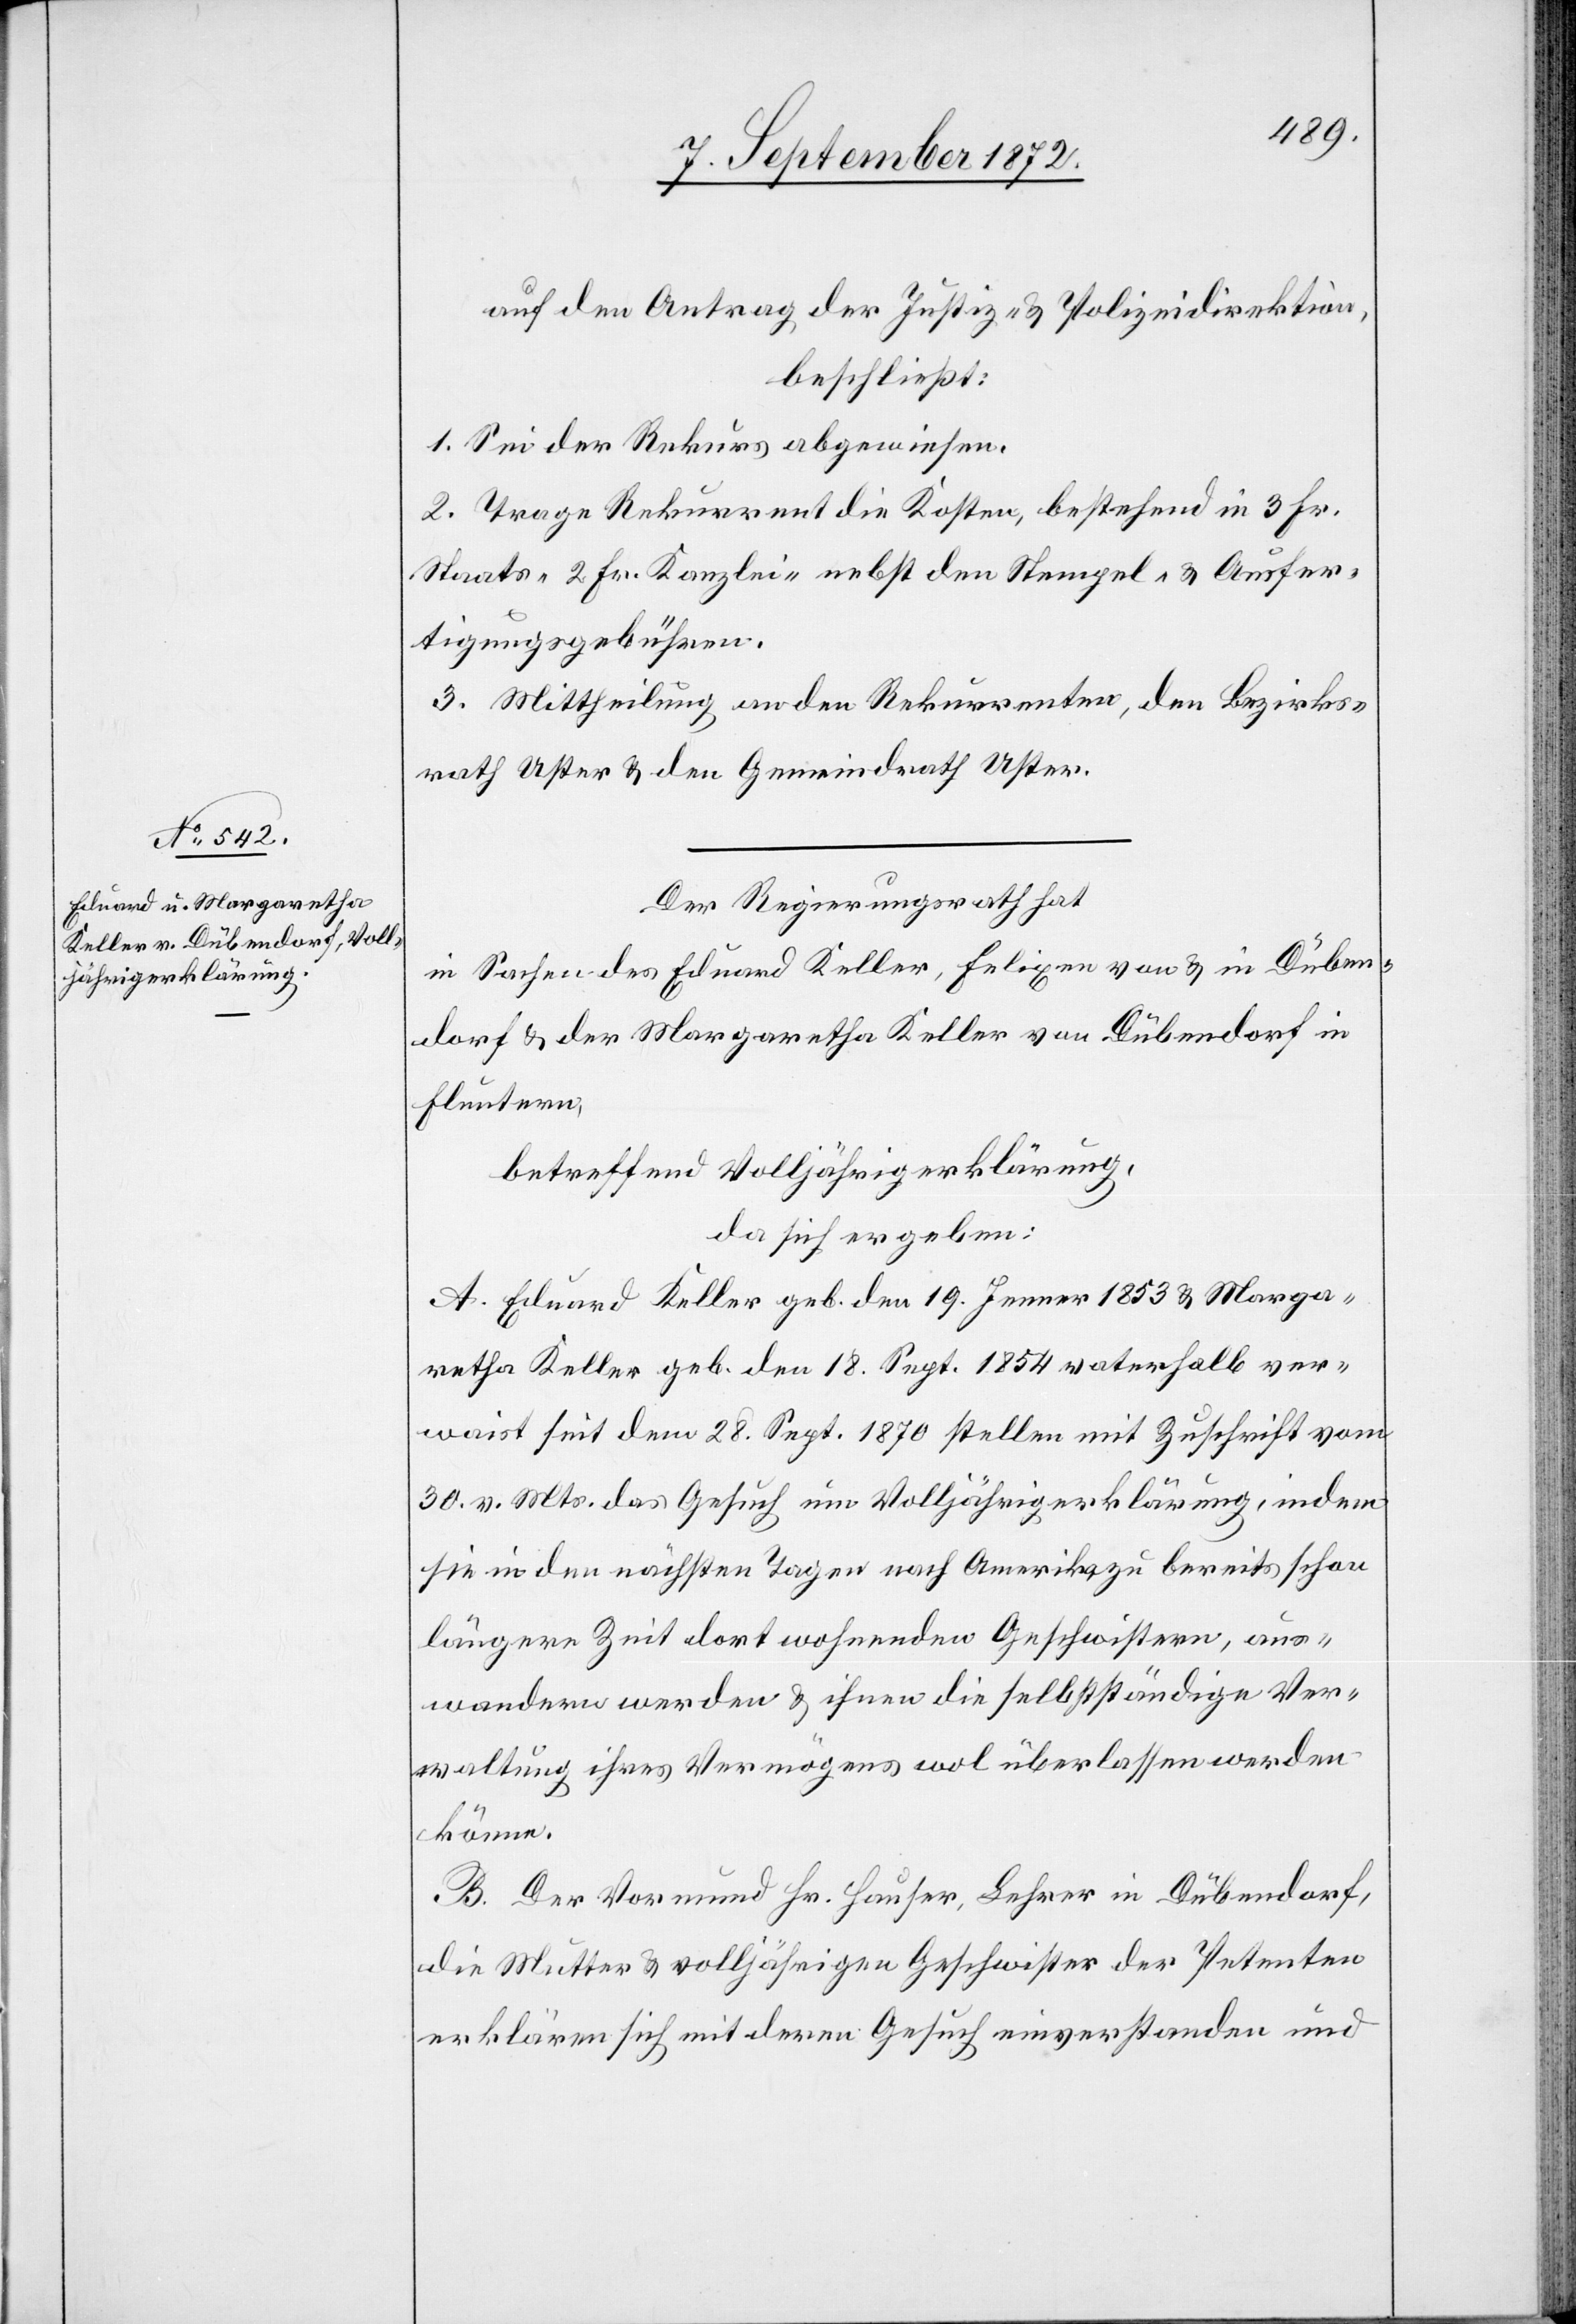
auf den Antrag der Justiz- u. Polizeidirektion,
beschließt:
1. Sei der Rekurs abgewiesen.
2. Trage Rekurrent die Kosten, bestehend in 3 Fr.
Staats-[,] 2 Fr. Kanzlei- nebst den Stempel- u. Ausfer¬
tigungsgebühren.
3. Mittheilung an den Rekurrenten, den Bezirks¬
rath Uster u. den Gemeindrath Uster.
Der Regierungsrath hat
in Sachen des Eduard Keller, Felixen von u. in Düben¬
dorf u. der Margaretha Keller von Dübendorf in
Fluntern,
betreffend Volljährigerklärung,
da sich ergeben:
A. Eduard Keller geb. den 19. Jenner 1853 u. Marga¬
retha Keller geb. den 18. Sept. 1854 vaterhalb ver¬
waist seit dem 28. Sept. 1870 stellen mit Zuschrift vom
30. v. Mts. das Gesuch um Volljährigerklärung, indem
sie in den nächsten Tagen nach Amerika zu bereits schon
längere Zeit dort wohnenden Geschwistern, aus¬
wandern werden u. ihnen die selbstständige Ver¬
waltung ihres Vermögens wol überlassen werden
könne.
B. Der Vormund Hr. Hauser, Lehrer in Dübendorf,
die Mutter u. volljährigen Geschwister der Petenten
erklären sich mit deren Gesuch einverstanden und